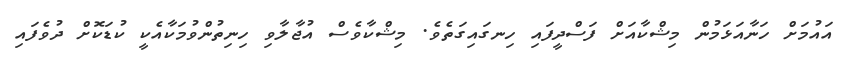
އައުމަށް ހަނާއަޅަމުން މިޝްކާއަށް ފަސްދީފައި ހިނގައިގަތެވެ. މިޝްކާވެސް އުޖާލާވި ހިނިތުންވުމަކާއެކީ ކުޑަކޮށް ދުވެފައި